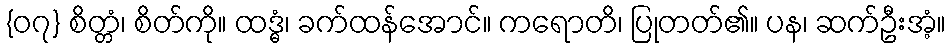
{၀၇} စိတ္တံ၊ စိတ်ကို။ ထဒ္ဓံ၊ ခက်ထန်အောင်။ ကရောတိ၊ ပြုတတ်၏။ ပန၊ ဆက်ဦးအံ့။